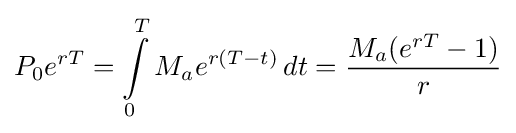
P_{0}e^{rT}=\int \limits _{0}^{T}M_{a}e^{r(T-t)}\,dt={\frac {M_{a}(e^{rT}-1)}{r}}